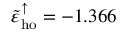
\tilde { \varepsilon } _ { \mathrm { h o } } ^ { \uparrow } = - 1 . 3 6 6